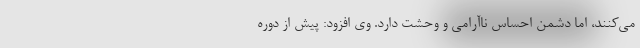
می‌کنند، اما دشمن احساس ناآرامی و وحشت دارد. وی افزود: پیش از دوره